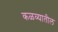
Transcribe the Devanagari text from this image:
कळव्यातील